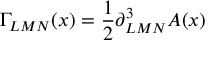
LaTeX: \Gamma _ { L M N } ( x ) = { \frac { 1 } { 2 } } \partial _ { L M N } ^ { 3 } A ( x )